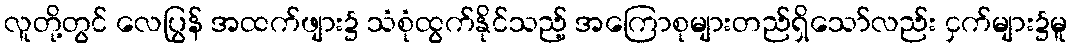
လူတို့တွင် လေပြွန် အထက်ဖျား၌ သံစုံထွက်နိုင်သည့် အကြောစုများတည်ရှိသော်လည်း ငှက်များ၌မူ